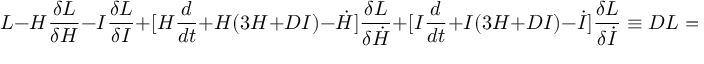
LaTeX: L - H { \frac { \delta L } { \delta H } } - I { \frac { \delta L } { \delta I } } + [ H { \frac { d } { d t } } + H ( 3 H + D I ) - \dot { H } ] { \frac { \delta L } { \delta \dot { H } } } + [ I { \frac { d } { d t } } + I ( 3 H + D I ) - \dot { I } ] { \frac { \delta L } { \delta \dot { I } } } \equiv { \cal D } L = 0 .